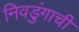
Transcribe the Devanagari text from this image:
निवडुंगाची